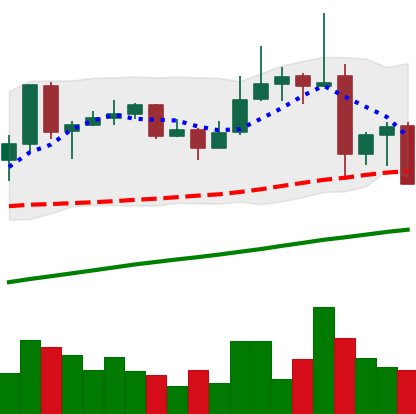
Ticker: ADA-USD
Chart end date: 2019-06-30
Forward return: -6.78%
Label: down_5_7